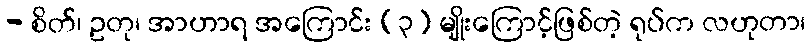
- စိတ်၊ ဥတု၊ အာဟာရ အကြောင်း (၃) မျိုးကြောင့်ဖြစ်တဲ့ ရုပ်က လဟုတာ၊